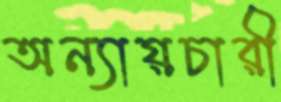
অন্যায়চারী